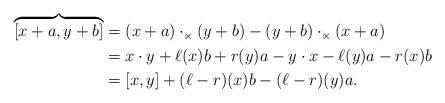
LaTeX: \begin{align*} \overbrace{[x+a, y+b]}& =(x+a)\cdot_{\ltimes} (y+b) - (y+b)\cdot_{\ltimes} (x+a) \\&= x \cdot y+ \ell(x)b+ r(y)a - y \cdot x - \ell(y)a - r(x)b \\&= [x, y] + (\ell-r)(x)b - (\ell -r)(y)a.\end{align*}